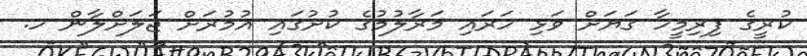
ކުރީގެ ފިރިމީހާ ގަޔަށް ވަޅި ހަރައި މަރާލުމުގެ ކުށުގައި އުމުރަށް ޖަލަށްލާން ހ.